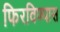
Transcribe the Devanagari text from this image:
फिरविण्यास